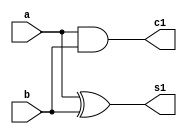
module HalfAdder(a,b,s1,c1);
input a,b; output s1,c1;
xor g1(s1,a,b);
and g2(c1,a,b);
endmodule

module FullAdder(a,b,cin,sum,cout);
input a,b,cin;output sum,cout;
wire c1,s1,s2;
//assign{cout,s}= a+ b +cin;
HalfAdder g3(a,b,s1,c1);
HalfAdder g4(s1,cin,sum,s2);
xor g5(cout,s2,c1);
endmodule

module RippleCarryAdder4(a,b,cin,s,cout);
input[3:0] a,b; input cin;
output[3:0] s; output cout;
wire cout1,cout2,cout3;
FullAdder fa0(a[0],b[0],cin,s[0],cout1);
FullAdder fa1(a[1],b[1],cout1,s[1],cout2);
FullAdder fa2(a[2],b[2],cout2,s[2],cout3);
FullAdder fa3(a[3],b[3],cout3,s[3],cout);
endmodule
 



module stimulus;
reg[3:0] a,b;
wire [3:0] s;
wire cout;

RippleCarryAdder4 rca(a,b,1'b0,s,cout);
initial
begin
a<=4'b1100;
b<=4'b0010;
#1
$display("%d + %d = %d,%d",a,b,s,cout);
end
endmodule